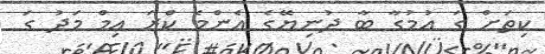
ކިތަށް ގަ އުމުގާ ބާ ދުނިޔޭގެ އެންމެ ކްރަ އިމް މަދު ގަ